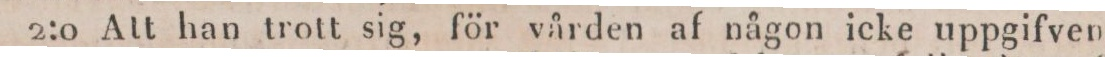
2:0 Att han trott sig, för vården af någon icke uppgifven